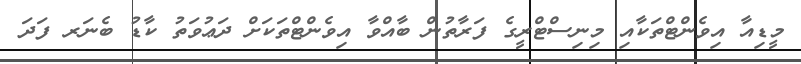
މީޑިއާ އިވެންޓްތަކާއި މިނިސްޓްރީގެ ފަރާތުން ބާއްވާ އިވެންޓްތަކަށް ދަޢުވަތު ކާޑު ބެނަރ ފަދަ